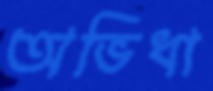
অভিধা